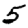
Digit: 5